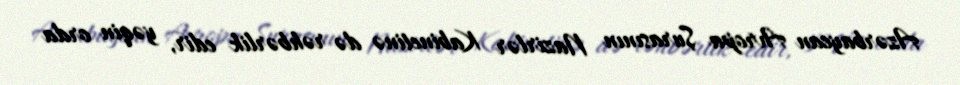
Azərbaycan Avropa Şurasının Nazirlər Kabinetinə də rəhbərlik edir, yəqin orda